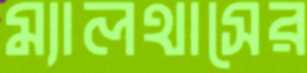
ম্যালথাসের